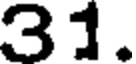
31.